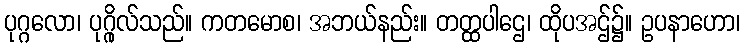
ပုဂ္ဂလော၊ ပုဂ္ဂိုလ်သည်။ ကတမောစ၊ အဘယ်နည်း။ တတ္ထပါဌေ၊ ထိုပအဌ်၌။ ဥပနာဟော၊